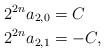
LaTeX: \begin{align*}2^{2n}a_{2,0} &= C \\2^{2n}a_{2,1} &= -C,\end{align*}